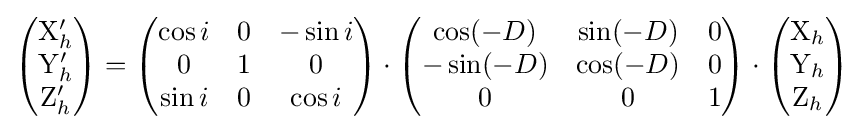
{\begin{pmatrix}\mathrm {X} '_{h}\\\mathrm {Y} '_{h}\\\mathrm {Z} '_{h}\\\end{pmatrix}}={\begin{pmatrix}\cos i&0&-\sin i\\0&1&0\\\sin i&0&\cos i\\\end{pmatrix}}\cdot {\begin{pmatrix}\cos(-D)&\sin(-D)&0\\-\sin(-D)&\cos(-D)&0\\0&0&1\\\end{pmatrix}}\cdot {\begin{pmatrix}\mathrm {X} _{h}\\\mathrm {Y} _{h}\\\mathrm {Z} _{h}\\\end{pmatrix}}